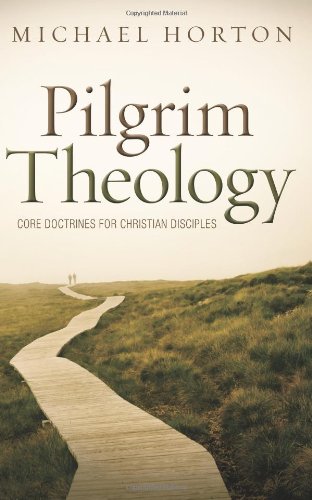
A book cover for Pilgrim Theology: Core Doctrines for Christian Disciples; Michael Horton; Christian Books & Bibles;